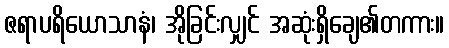
ဇရာပရိယောသာနံ၊ အိုခြင်းလျှင် အဆုံးရှိချေ၏တကား။